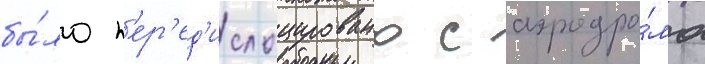
бы́ло п'ер'ед'ислоцировано с аэродро́ма